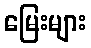
မြေးများ